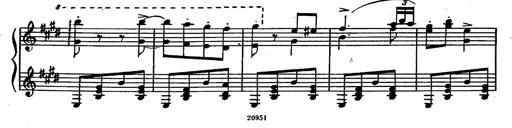
Title: Magyar rapszÃ³diÃ¡k
Composer: Franz Liszt